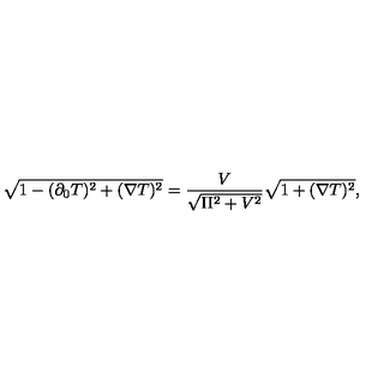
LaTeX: \sqrt { 1 - ( \partial _ { 0 } T ) ^ { 2 } + ( \nabla T ) ^ { 2 } } = { \frac { V } { \sqrt { \Pi ^ { 2 } + V ^ { 2 } } } } \sqrt { 1 + ( \nabla T ) ^ { 2 } } ,